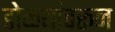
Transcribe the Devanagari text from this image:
डोळ्यांवरून